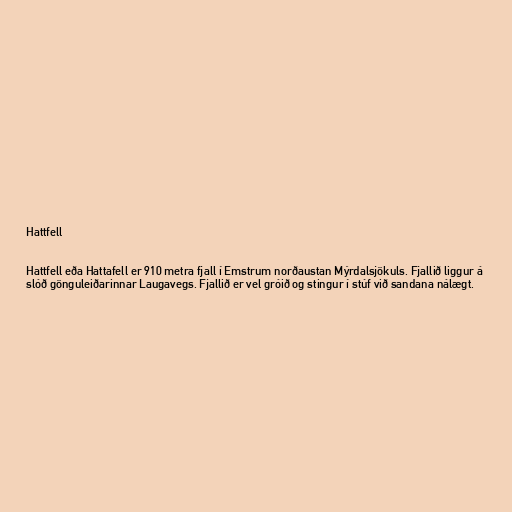
Hattfell

Hattfell eða Hattafell er 910 metra fjall í Emstrum norðaustan Mýrdalsjökuls. Fjallið liggur á
slóð gönguleiðarinnar Laugavegs. Fjallið er vel gróið og stingur í stúf við sandana nálægt.